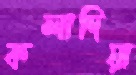
কলাদিয়া